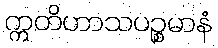
ဣတိဟာသပဉ္စမာနံ